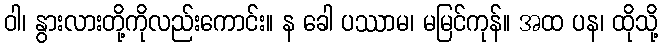
ဝါ၊ နွားလားတို့ကိုလည်းကောင်း။ န ခေါ ပဿာမ၊ မမြင်ကုန်။ အထ ပန၊ ထိုသို့